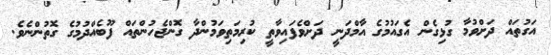
އަގުތައް ދަށްވުމާ ގުޅިގެން އެގައުމުގެ އާމްދަނީ ދަށްވެފައިވާތީ ކުރިމަތިވަމުންދާ ގޮންޖެހުންތައް ފޫބެއްދުމުގެ ގޮތުންނެވެ.